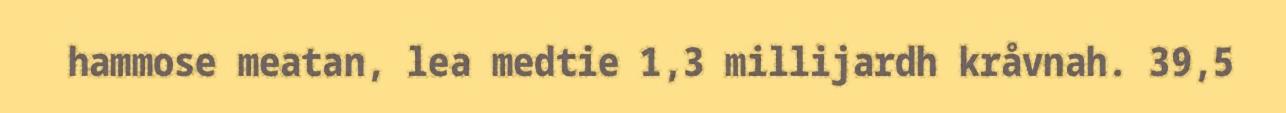
hammose meatan, lea medtie 1,3 millijardh kråvnah. 39,5